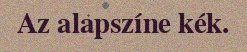
Az alapszíne kék.